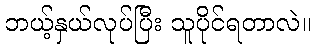
ဘယ့်နှယ်လုပ်ပြီး သူပိုင်ရတာလဲ။